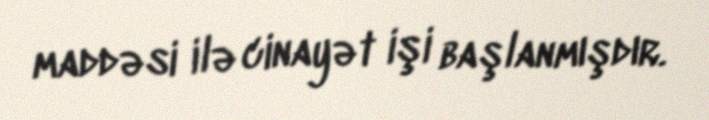
maddəsi ilə cinayət işi başlanmışdır.